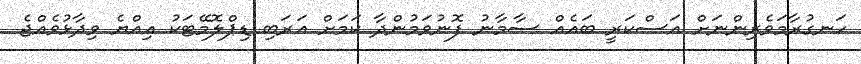
ހަނގުރާމަވެރިންނަށް އަސްކަރީ ބައެއް ސާމާނު ފޮނުވަމުންދާ ކަމަށް އަރަބި ޑިޕްލޮމޭޓަކު އިއްޔެ ވިދާޅުވެއްޖެ